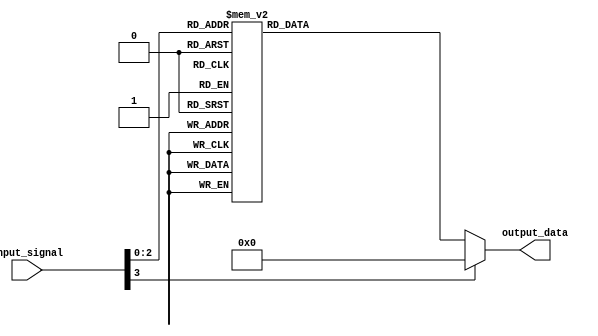
module case_statement_example(
    input wire [3:0] input_signal,
    output reg [7:0] output_data
);

always @(*)
begin
    case(input_signal)
        4'b0000: output_data = 8'b00000001;
        4'b0001: output_data = 8'b00000010;
        4'b0010: output_data = 8'b00000100;
        4'b0011: output_data = 8'b00001000;
        4'b0100: output_data = 8'b00010000;
        4'b0101: output_data = 8'b00100000;
        4'b0110: output_data = 8'b01000000;
        4'b0111: output_data = 8'b10000000;
        default: output_data = 8'b00000000;
    endcase
end

endmodule